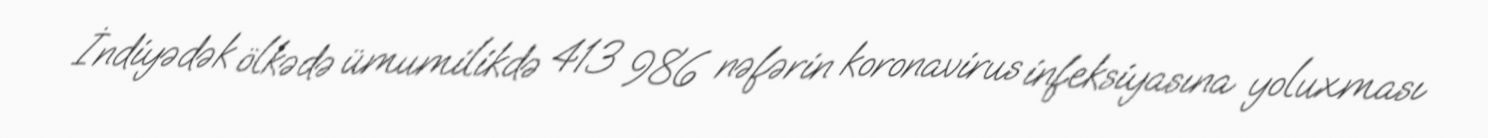
İndiyədək ölkədə ümumilikdə 413 986 nəfərin koronavirus infeksiyasına yoluxması